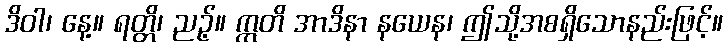
ဒိဝါ၊ နေ့။ ရတ္တိ၊ ညဉ့်။ ဣတိ အာဒိနာ နယေန၊ ဤသို့အစရှိသောနည်းဖြင့်။